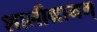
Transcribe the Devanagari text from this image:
शालीग्रामम्